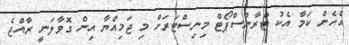
އެހެން ކަމާ އެކު ޓްރާންސްޕޯޓް މިނިސްޓަރަށް މި ޖަމިއްޔާ އިން ގޮވާލަނީ ރާއްޖެ